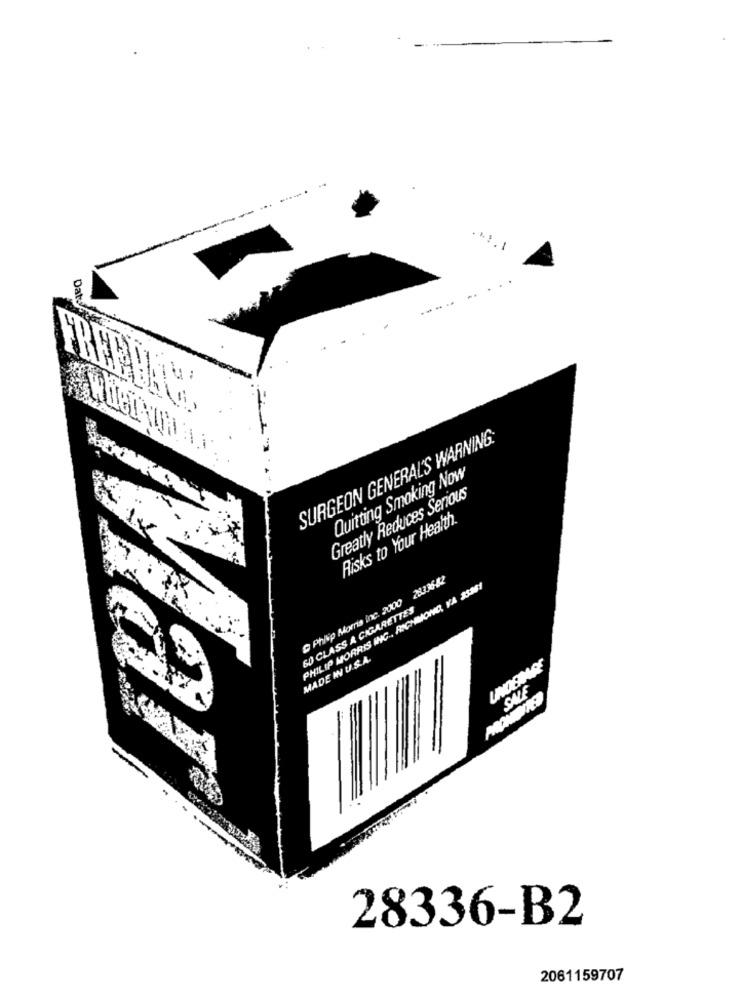
. . .
Dat
SURGEON GENERAL'S WARNING.
Quitting Smoking Now
Greatly Reduces Serious
Risks to Your Health.
Philip Morris Inc. 2000 28336-42
PHILIP MORRIS INC ., RICHMOND, YA 33361
60 CLASS A CIGARETTES
MADE IN U.S.A.
28336-B2
2061159707